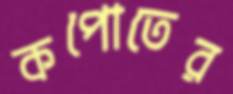
কপোতের